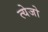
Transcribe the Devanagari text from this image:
त्येजो